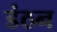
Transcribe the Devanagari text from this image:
डंठन